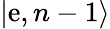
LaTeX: \left|\mathrm{e},n-1\right\rangle